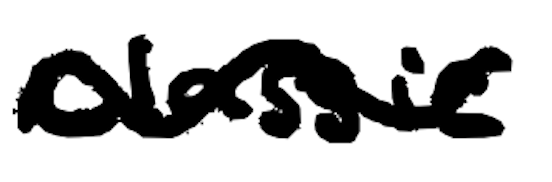
Text: Classic
Cross-out: wave
Writing tool: digital_black